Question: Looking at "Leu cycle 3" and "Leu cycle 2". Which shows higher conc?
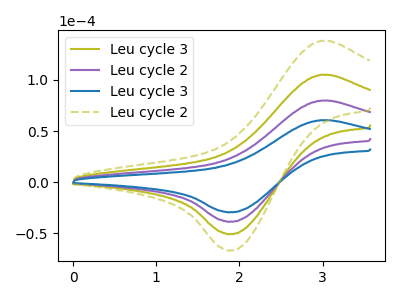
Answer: <think>The olive curve "Leu cycle 3" has an anodic peak at (3.00V, 159.85uA) and a cathodic peak at (1.90V, -76.90uA). The purple curve "Leu cycle 2" has an anodic peak at (3.00V, 79.95uA) and a cathodic peak at (1.90V, -38.45uA). The blue curve "Leu cycle 3" has an anodic peak at (3.00V, 60.75uA) and a cathodic peak at (1.90V, -29.25uA). The olive dashed curve "Leu cycle 2" has an anodic peak at (3.00V, 239.80uA) and a cathodic peak at (1.90V, -115.40uA).
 All the peaks in "Leu cycle 3" have a peak in "Leu cycle 2" at the same potential. Every peak in "Leu cycle 3" is lower than every peak in "Leu cycle 2".</think>
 <answer>"Leu cycle 3" has less signal than "Leu cycle 2" and so likely has a lower concentration.</answer>
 <eval>less_concentration</eval>